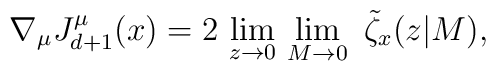
\nabla_\mu J^\mu_{d+1} (x) = 2 \,\lim_{z\rightarrow 0} \,\lim_{M\rightarrow 0} \,\,\tilde{\zeta}_x(z|M),